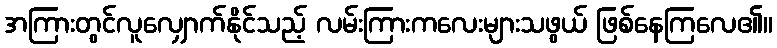
အကြားတွင်လူလျှောက်နိုင်သည့် လမ်းကြားကလေးများသဖွယ် ဖြစ်နေကြလေ၏။